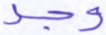
وجد